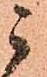
ニ